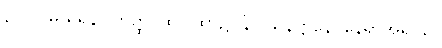
၃၊ ၁။ မှယူရန်။ တတ္ထ၊ ထိုဂါထာ၌။ နိဝါသနဋ္ဌာနေ၊ နေရာအရပ်၌။